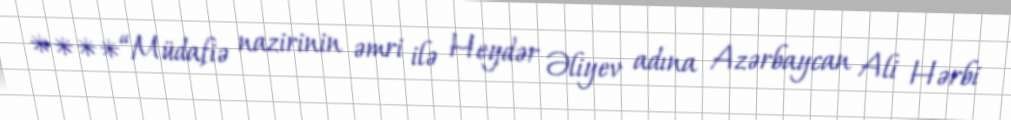
****“Müdafiə nazirinin əmri ilə Heydər Əliyev adına Azərbaycan Ali Hərbi